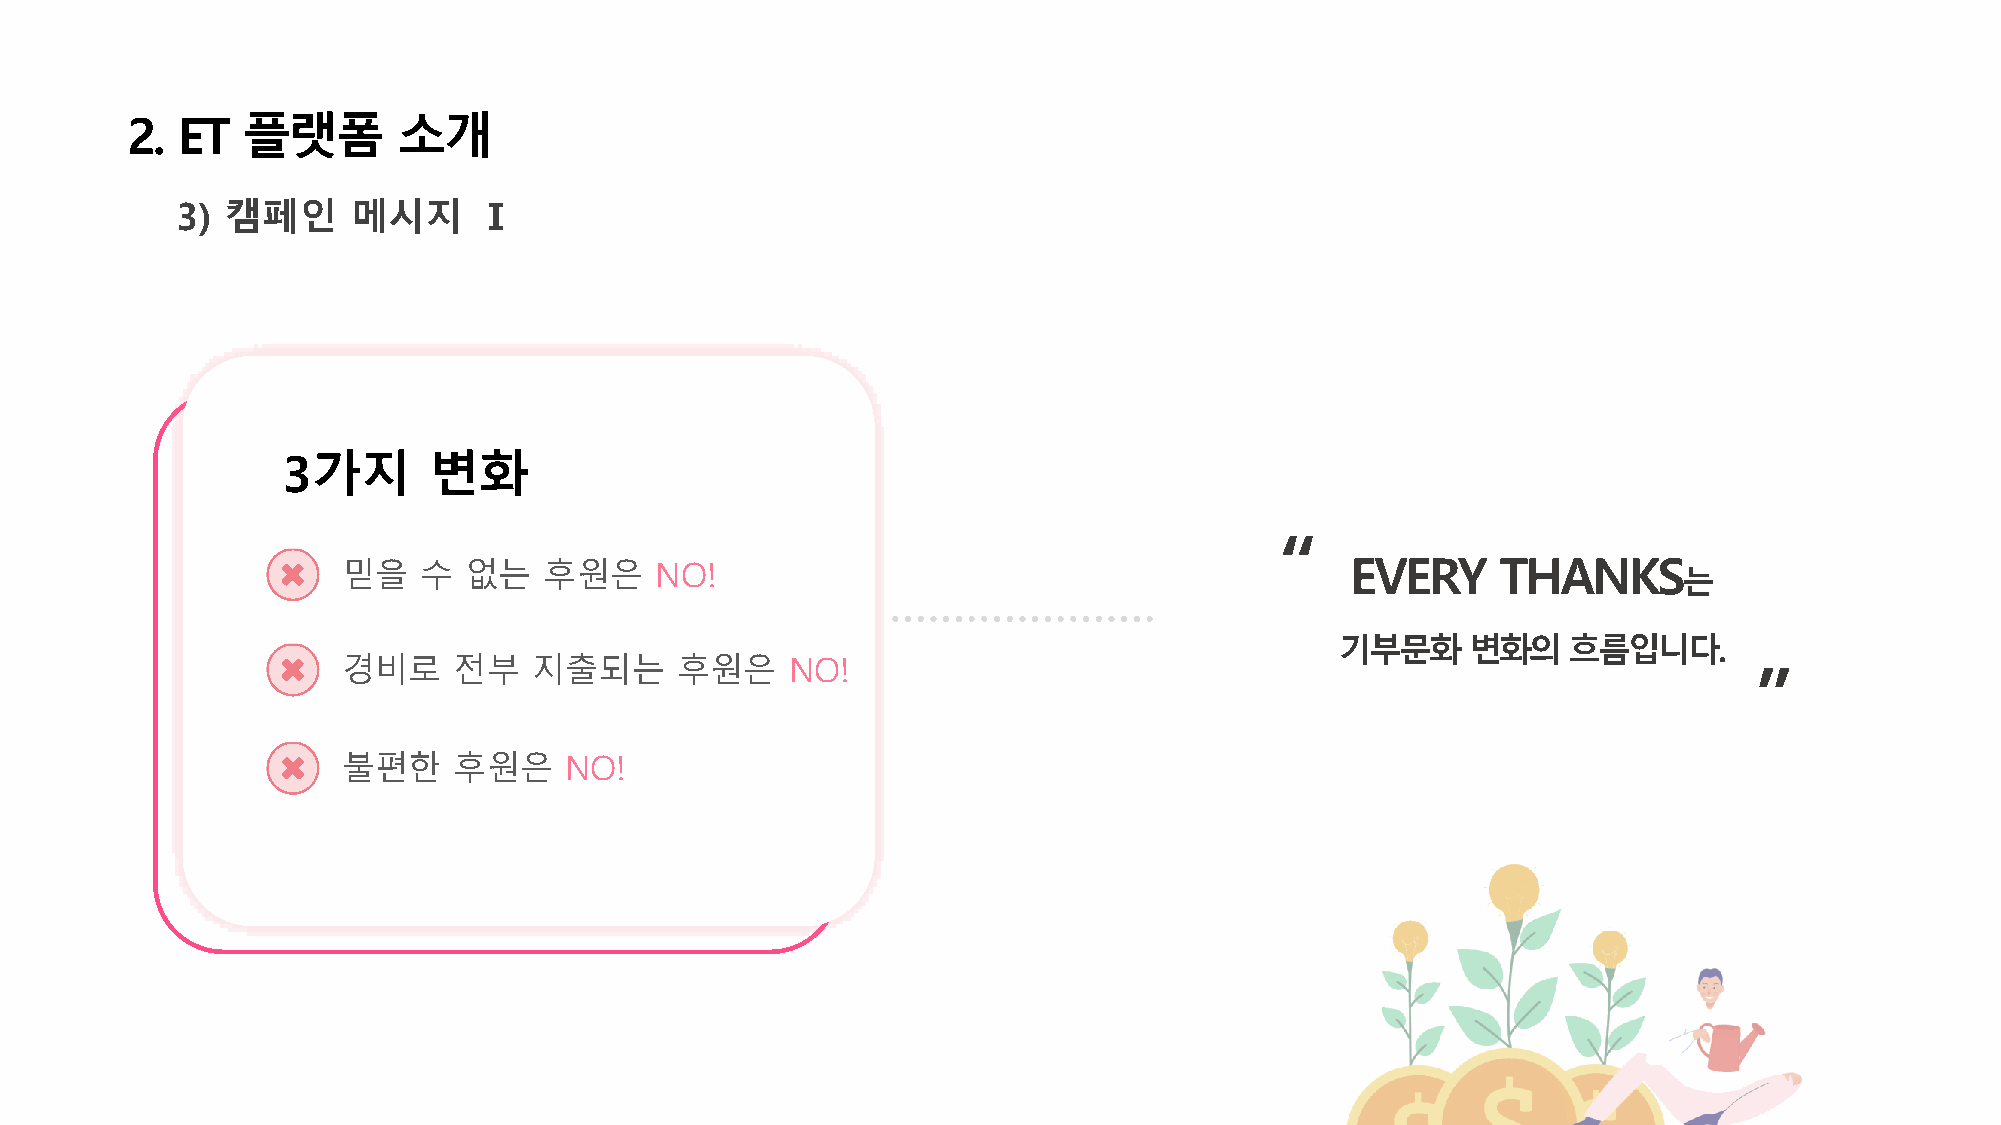
2.  ET  플랫폼       소개
 3) 캠페인     메시지      Ⅰ
 3가지      변화
 “
 믿을   수  없는   후원은    NO!                                           EVERY     THANKS
 는
 기부문화    변화의흐름입니다.
 경비로    전부   지출되는      후원은    NO!
 ”
 불편한    후원은    NO!